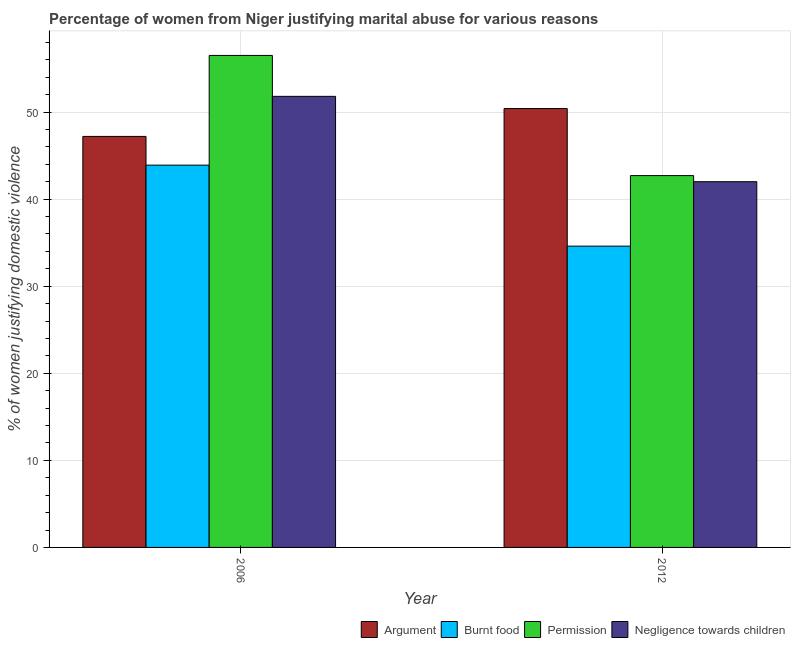
| Year | Argument | Burnt food | Permission | Negligence towards children |
 | --- | --- | --- | --- | --- |
 | 2006 | 47.2 | 43.9 | 56.5 | 51.8 |
 | 2012 | 50.4 | 34.6 | 42.7 | 42 |